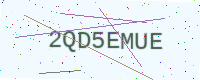
Text: 2QD5EMUE